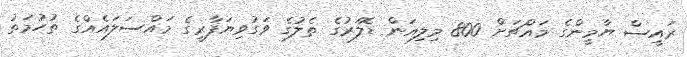
ރައީސް ޔާމީންގެ މައްޗަށް 800 މިލިއަން ޑޮލަރުގެ ތެލުގެ ވަގުވިޔަފާރީގެ މައްސަލައެއްގެ ތުހުމަތު